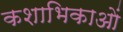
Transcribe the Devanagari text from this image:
कशाभिकाओं